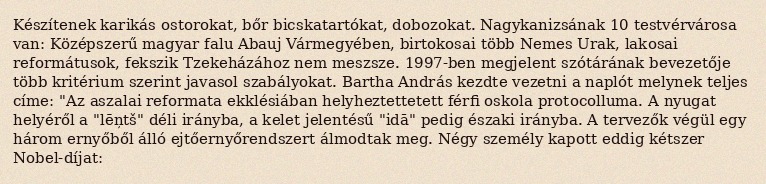
Készítenek karikás ostorokat, bőr bicskatartókat, dobozokat. Nagykanizsának 10 testvérvárosa van: Középszerű magyar falu Abauj Vármegyében, birtokosai több Nemes Urak, lakosai reformátusok, fekszik Tzekeházához nem meszsze. 1997-ben megjelent szótárának bevezetője több kritérium szerint javasol szabályokat. Bartha András kezdte vezetni a naplót melynek teljes címe: "Az aszalai reformata ekklésiában helyheztettetett férfi oskola protocolluma. A nyugat helyéről a "lēņtš" déli irányba, a kelet jelentésű "idā" pedig északi irányba. A tervezők végül egy három ernyőből álló ejtőernyőrendszert álmodtak meg. Négy személy kapott eddig kétszer Nobel-díjat: